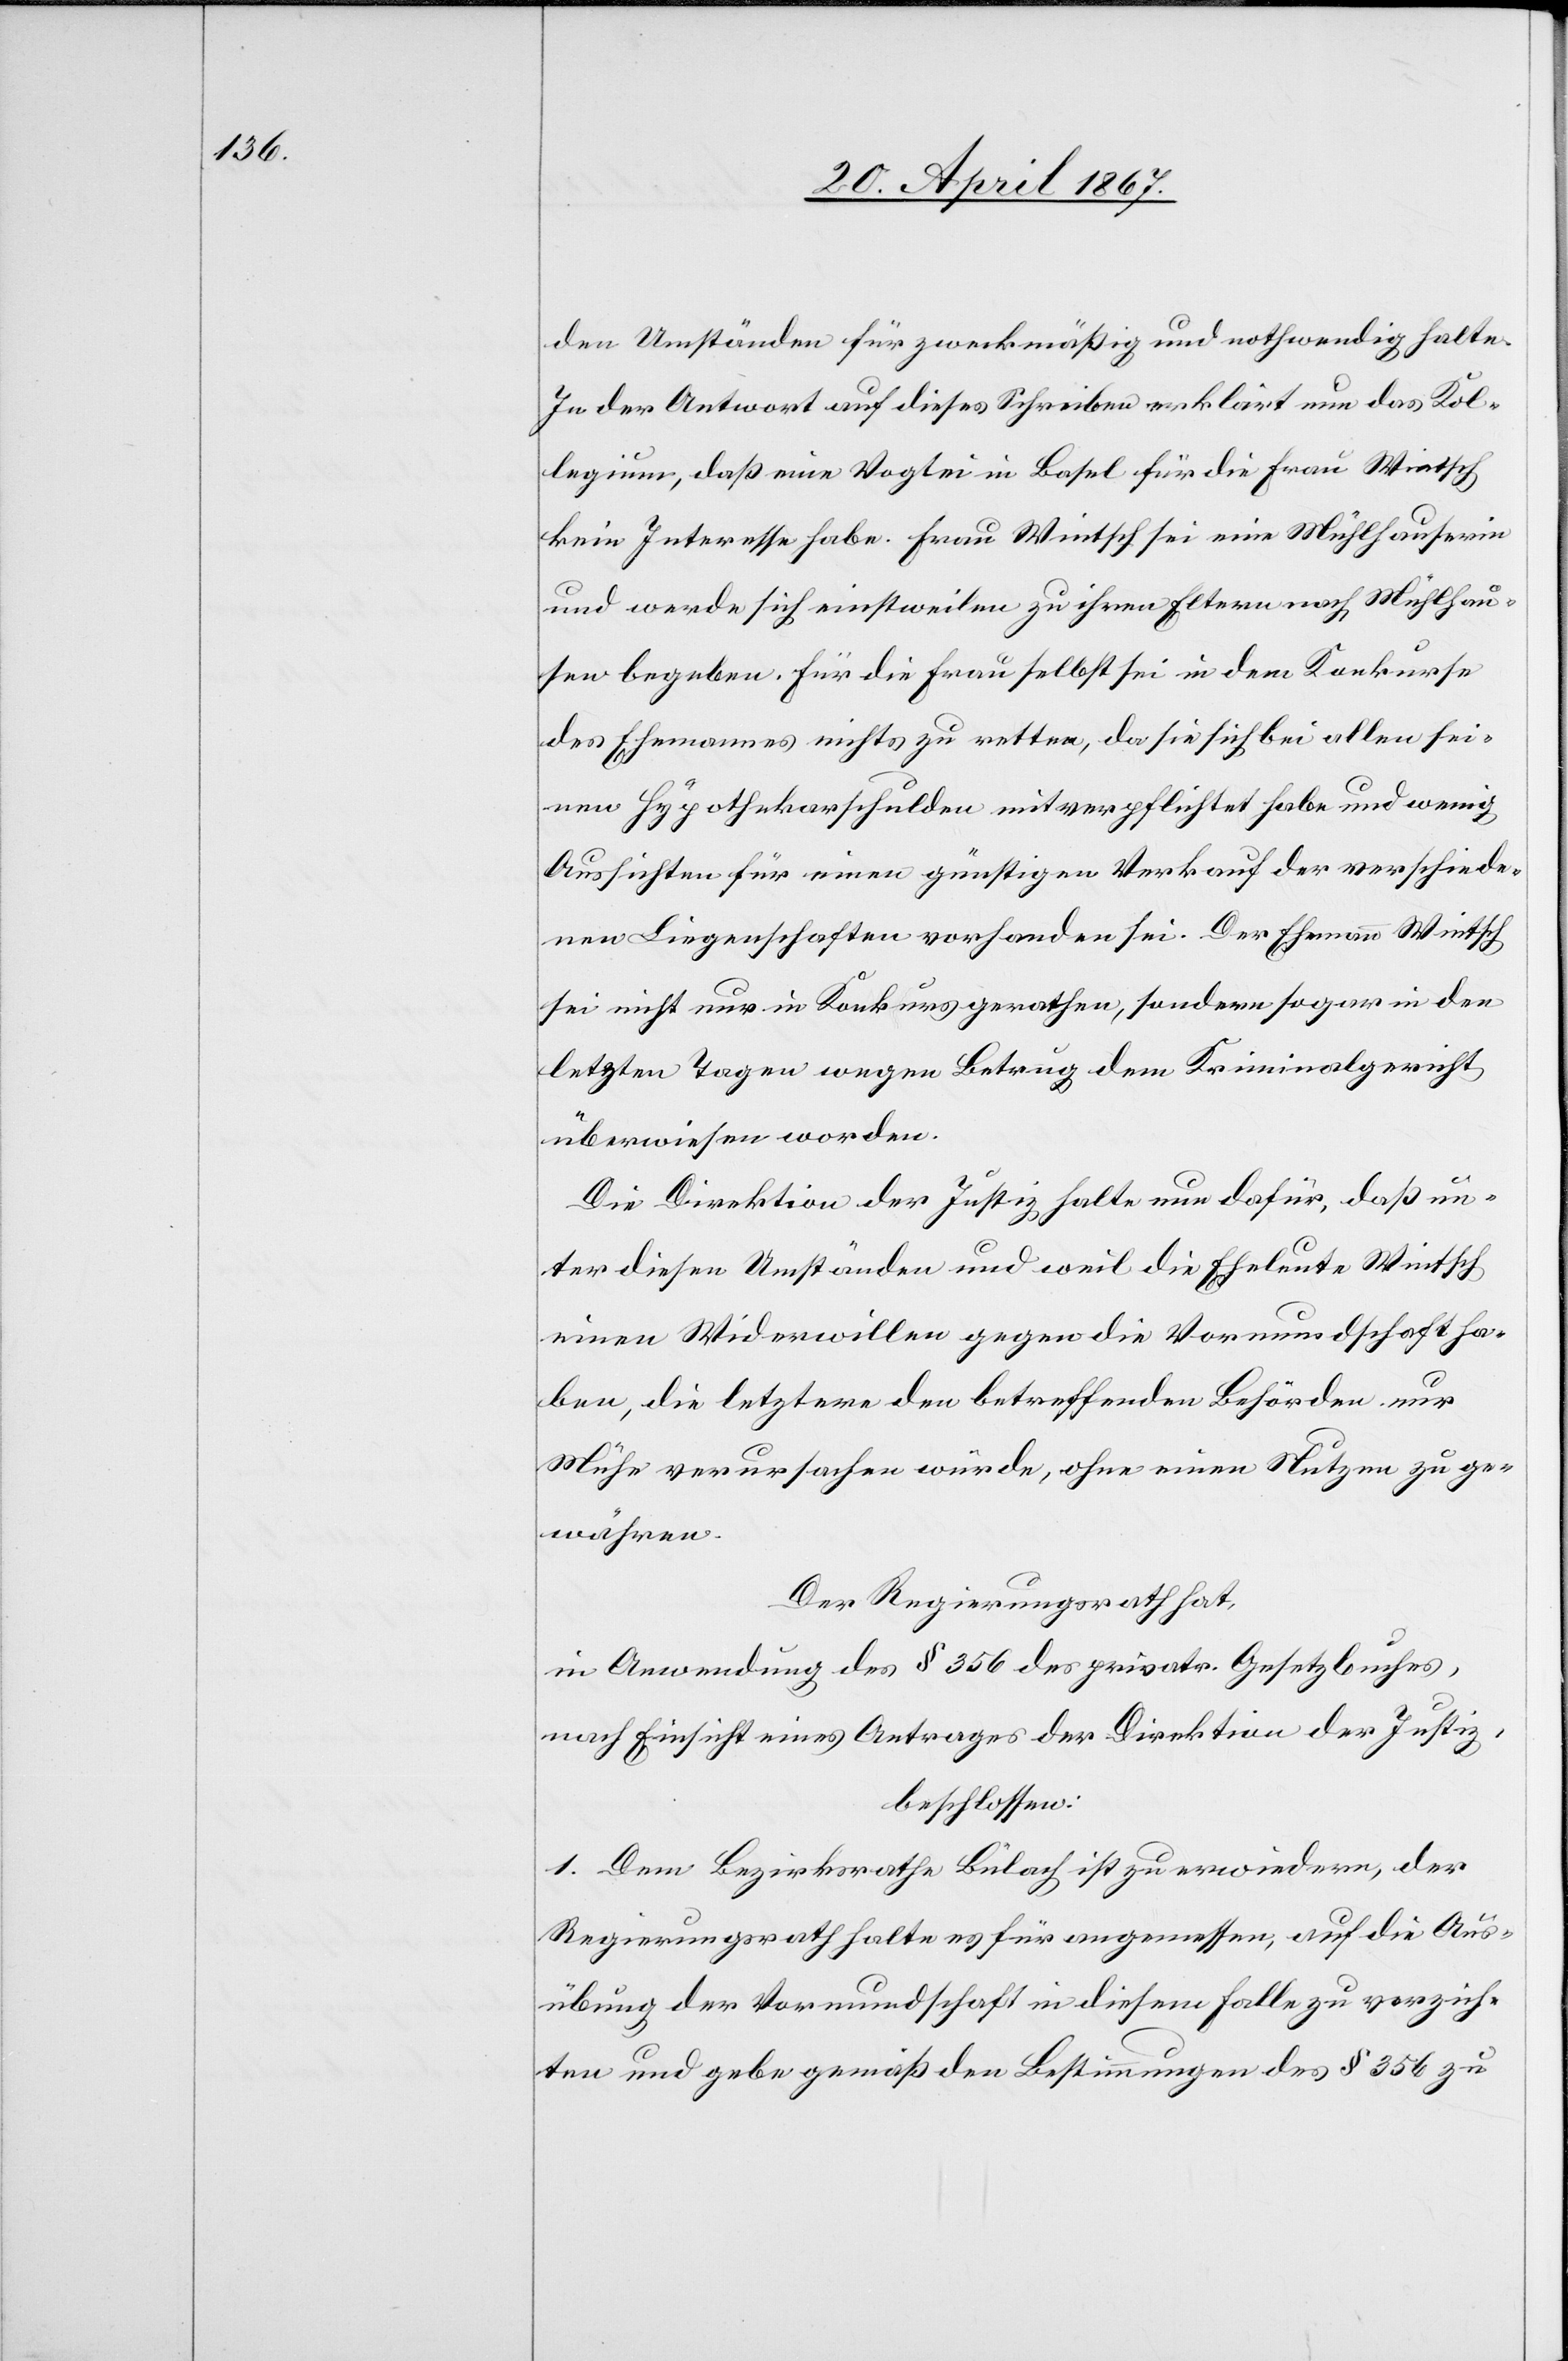
den Umständen für zweckmäßig und nothwendig halte.
In der Antwort auf dieses Schreiben erklärt nun das Kol¬
legium, daß eine Vogtei in Basel für die Frau Wintsch
kein Interesse habe. Frau Wintsch sei eine Mühlhauserin
und werde sich einstweilen zu ihren Eltern nach Mühlhau¬
sen begeben. Für die Frau selbst sei in dem Konkurse
des Ehemannes nichts zu retten, da sie sich bei allen sei¬
nen Hypothekarschulden mitverpflichtet habe und wenig
Aussichten für einen günstigen Verkauf der verschiede¬
nen Liegenschaften vorhanden sei. Der Ehemann Wintsch
sei nicht nur in Konkurs gerathen, sondern sogar in den
letzten Tagen wegen Betrug dem Kriminalgericht
überwiesen worden.
Die Direktion der Justiz halte nun dafür, daß un¬
ter diesen Umständen und weil die Eheleute Wintsch
einen Widerwillen gegen die Vormundschaft ha¬
ben, die letztere den betreffenden Behörden nur
Mühe verursachen würde, ohne einen Nutzen zu ge¬
währen.
Der Regierungsrath hat,
in Anwendung des § 356 des privatr. Gesetzbuches,
nach Einsicht eines Antrages der Direktion der Justiz,
beschlossen:
1. Dem Bezirksrathe Bülach ist zu erwiedern, der
Regierungsrath halte es für angemessen, auf die Aus¬
übung der Vormundschaft in diesem Falle zu verzich¬
ten und gebe gemäß den Bestimmungen des § 356 zu